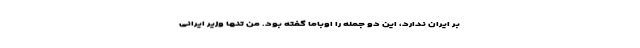
بر ایران ندارد، این دو جمله را اوباما گفته بود. من تنها وزیر ایرانی